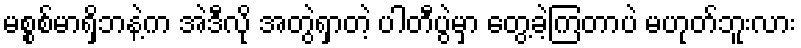
မစ္စစ်မာရှိဘနဲ့က အဲဒီလို အတွဲရှာတဲ့ ပါတီပွဲမှာ တွေ့ခဲ့ကြတာပဲ မဟုတ်ဘူးလား